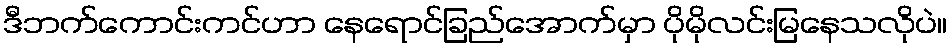
ဒီဘက်ကောင်းကင်ဟာ နေရောင်ခြည်အောက်မှာ ပိုမိုလင်းမြနေသလိုပဲ။